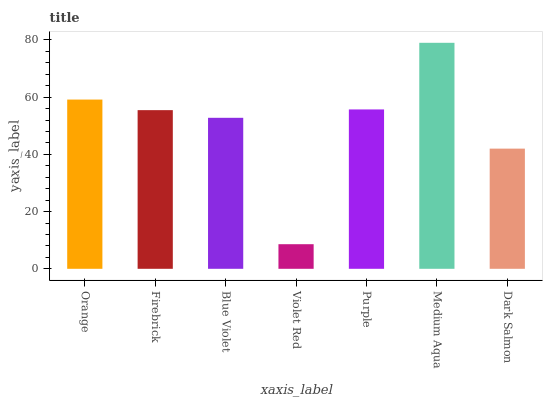
| xaxis_label | bars |
 | --- | --- |
 | Orange | 59.2 |
 | Firebrick | 55.5 |
 | Blue Violet | 52.8 |
 | Violet Red | 8.6 |
 | Purple | 55.7 |
 | Medium Aqua | 79 |
 | Dark Salmon | 42 |